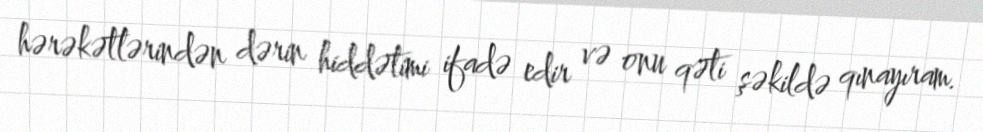
hərəkətlərindən dərin hiddətimi ifadə edir və onu qəti şəkildə qınayıram.